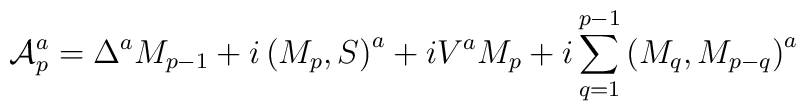
{\cal A}_p^a=\Delta ^aM_{p-1}+i\left( M_p,S\right)^a+iV^aM_p+i\sum\limits_{q=1}^{p-1}\left( M_q,M_{p-q}\right) ^a